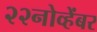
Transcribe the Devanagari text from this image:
२२नोव्हेंबर